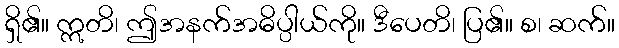
ရှိ၏။ ဣတိ၊ ဤအနက်အဓိပ္ပါယ်ကို။ ဒီပေတိ၊ ပြ၏။ စ၊ ဆက်။